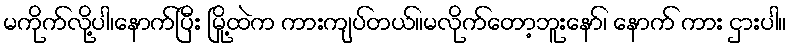
မကိုက်လို့ပါ၊နောက်ပြီး မြို့ထဲက ကားကျပ်တယ်။မလိုက်တော့ဘူးနော်၊ နောက် ကား ငှားပါ။